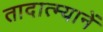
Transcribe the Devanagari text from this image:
तादात्म्यानें